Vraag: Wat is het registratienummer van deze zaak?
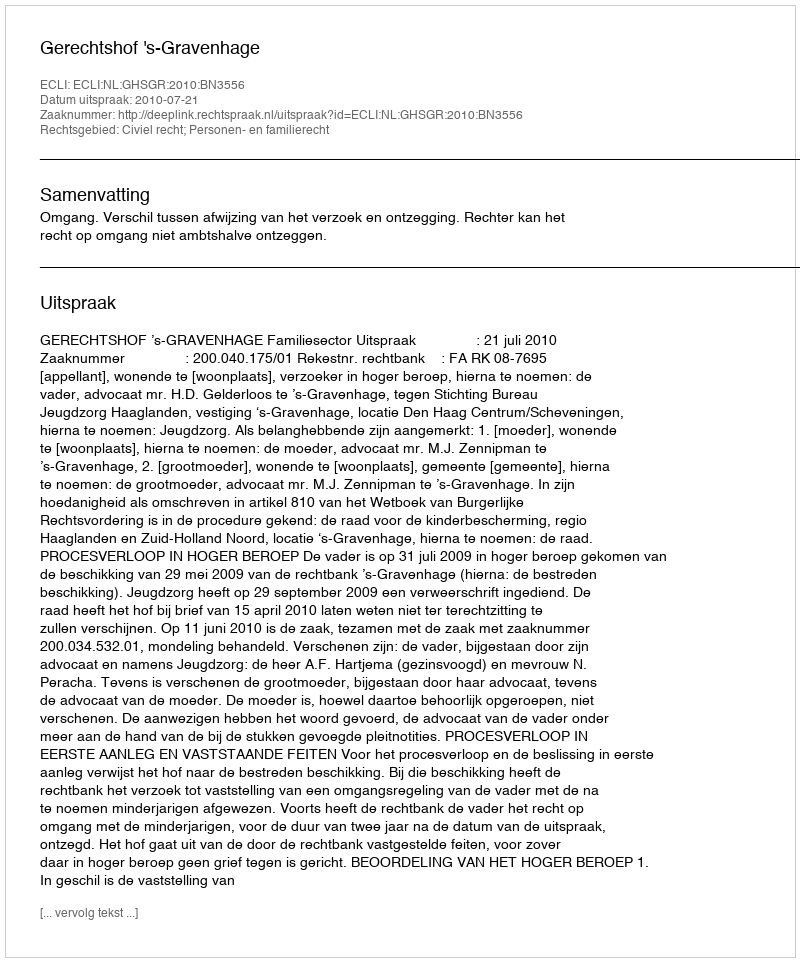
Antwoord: http://deeplink.rechtspraak.nl/uitspraak?id=ECLI:NL:GHSGR:2010:BN3556